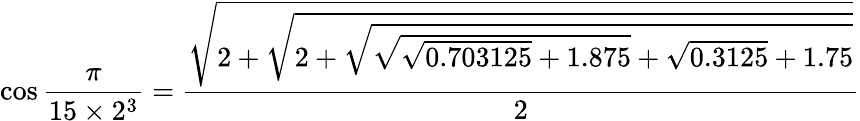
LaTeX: \cos{\frac{\pi}{15\times 2^{3}}}={\frac{\sqrt{2+{\sqrt{2+{\sqrt{{\sqrt{{\sqrt{0.703125}}+1.875}}+{\sqrt{0.3125}}+1.75}}}}}}{2}}